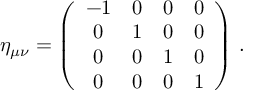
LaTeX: \eta _ { \mu \nu } = \left( \begin{array} { c c c c } { { - 1 } } & { { 0 } } & { { 0 } } & { { 0 } } \\ { { 0 } } & { { 1 } } & { { 0 } } & { { 0 } } \\ { { 0 } } & { { 0 } } & { { 1 } } & { { 0 } } \\ { { 0 } } & { { 0 } } & { { 0 } } & { { 1 } } \end{array} \right) \, .